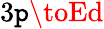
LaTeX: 3\mathtt{p}\toEd